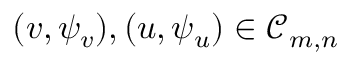
( v , \psi _ { v } ) , ( u , \psi _ { u } ) \in \mathcal C _ { m , n }